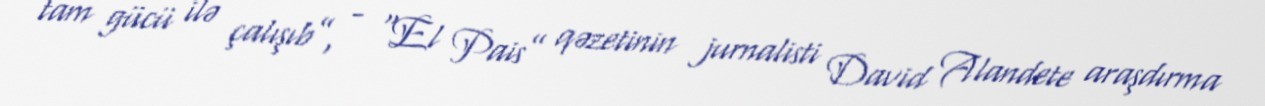
tam gücü ilə çalışıb”, - “El Pais” qəzetinin jurnalisti David Alandete araşdırma